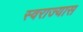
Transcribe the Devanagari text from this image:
स्वराज्यास